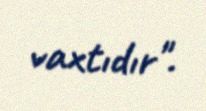
vaxtıdır".